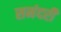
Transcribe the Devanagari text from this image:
समंदरी